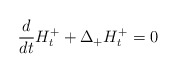
\begin{align*}\frac{d}{dt}H_{t}^{+}+\Delta_{+}H_{t}^{+}=0\end{align*}